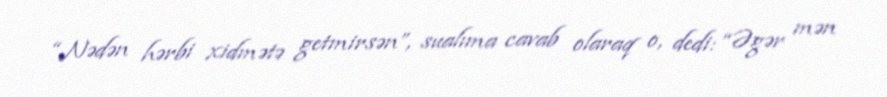
“Nədən hərbi xidmətə getmirsən”, sualıma cavab olaraq o, dedi: “Əgər mən